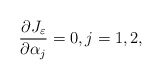
\begin{align*}\frac{\partial J_\varepsilon}{\partial \alpha_j} = 0,j = 1, 2,\end{align*}